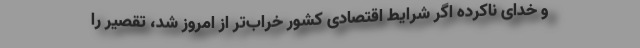
و خدای ناکرده اگر شرایط اقتصادی کشور خراب‌تر از امروز شد، تقصیر را